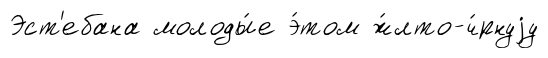
Эст'ебана молоды́е э́том ж́лто-ч́рнуjу